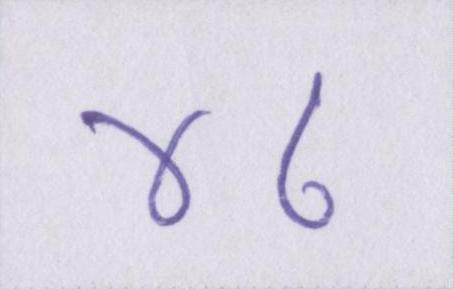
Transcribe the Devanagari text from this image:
४८